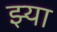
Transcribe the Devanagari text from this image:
झ्या